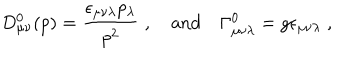
D _ { \mu \nu } ^ { 0 } ( p ) = \frac { \epsilon _ { \mu \nu \lambda } p _ { \lambda } } { p ^ { 2 } } \; , { } ~ \mathrm { a n d } ~ \Gamma _ { \mu \nu \lambda } ^ { 0 } = g \epsilon _ { \mu \nu \lambda } \; ,